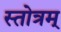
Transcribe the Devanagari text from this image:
स्तोत्रम्